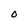
Character: O